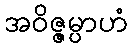
အဝိဇ္ဇမ္ပာဟံ